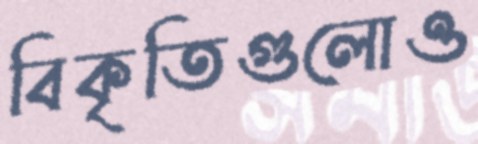
বিকৃতিগুলোও